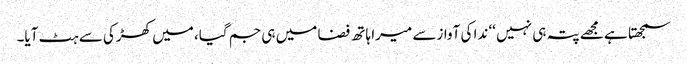
سمجھتا ہے مجھے پتہ ہی نہیں ‘‘ ندا کی آوازسے میرا ہاتھ فضا میں ہی جم گیا، میں کھڑکی سے ہٹ آیا۔